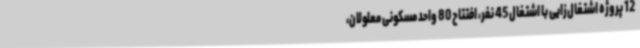
12 پروژه اشتغال‌زایی با اشتغال 45 نفر، افتتاح 80 واحد مسکونی معلولان،